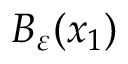
B _ { \varepsilon } ( x _ { 1 } )